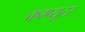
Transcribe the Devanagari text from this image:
कम्प्‍यूटर